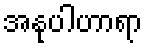
အနုပါဟာရာ